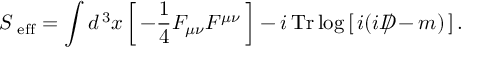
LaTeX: S _ { \mathrm { \scriptsize ~ e f f } } = \int d ^ { \, 3 } x \left[ \, - \frac { 1 } { 4 } F _ { \mu \nu } F ^ { \mu \nu } \, \right] - i \, \mathrm { T r } \log \left[ \, i ( i D \! \! \! \! / - m ) \, \right] .